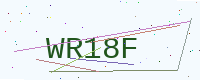
Text: WR18F